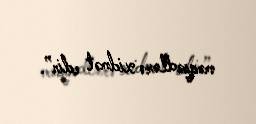
məqsədlərə xidmət edir”.